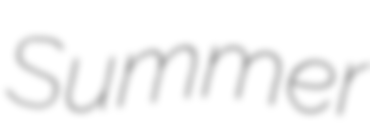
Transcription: Summer